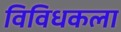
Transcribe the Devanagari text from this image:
विविधकला